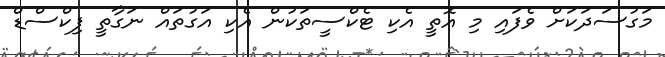
މަގުސަދަކަށް ވެފައި މި އޮތީ އެކި ޓެކްސީތަކުން އެކި އަގުތައް ނަގާތީ ފިކްސްޑް